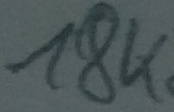
Text: 18K